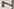
Text: 7